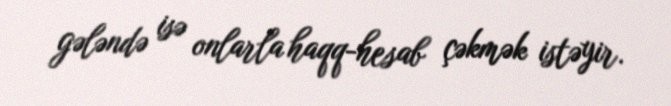
gələndə isə onlarla haqq-hesab çəkmək istəyir.